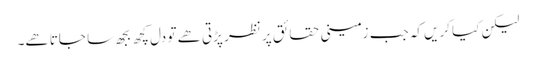
لیکن کیا کریں کہ جب زمینی حقائق پر نظر پڑتی ھے تو دل کچھ بجھ سا جاتا ھے۔